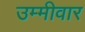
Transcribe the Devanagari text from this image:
उम्मीवार